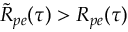
\tilde { R } _ { p e } ( \tau ) > R _ { p e } ( \tau )